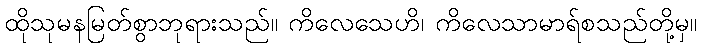
ထိုသုမနမြတ်စွာဘုရားသည်။ ကိလေသေဟိ၊ ကိလေသာမာရ်စသည်တို့မှ။